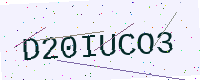
Text: D20IUCO3